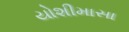
યોશીમાસા